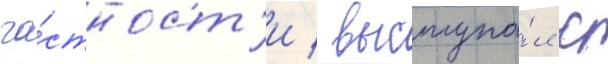
ча́стност'и / выступа́л с